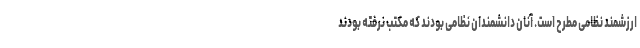
ارزشمند نظامی مطرح است. آنان دانشمندان نظامی بودند که مکتب نرفته بودند